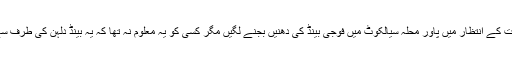
16 اکتوبر 1976 بروز ہفتہ صبح 11 بجے مکھنانوالی کے دلہا کیپٹن عابد کاظمی کی برات کے انتظار میں پاور محلہ سیالکوٹ میں فوجی بینڈ کی دھنیں بجنے لگیں مگر کسی کو یہ معلوم نہ تھا کہ یہ بینڈ دلہن کی طرف سے ہے یا دلہا کی طرف سے اور اس طرح مادی ملک اپنی موجودگی کا احساس دلا رہا تھا ۔